Source: Handwritten
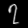
Digit: ၇ (7)